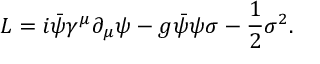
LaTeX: { \cal L } = i { \bar { \psi } } \gamma ^ { \mu } \partial _ { \mu } \psi - g { \bar { \psi } } \psi \sigma - { \frac { 1 } { 2 } } \sigma ^ { 2 } .